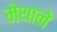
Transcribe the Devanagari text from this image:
मेथाने